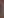
(